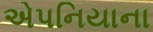
એપનિયાના